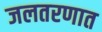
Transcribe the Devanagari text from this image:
जलतरणात